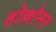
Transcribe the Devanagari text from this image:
होल्लोमन